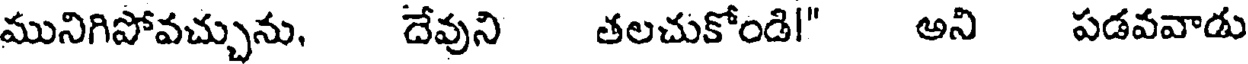
మునిగిపోవచ్చును, దేవుని తలచుకోండి!" అని పడవవాడు